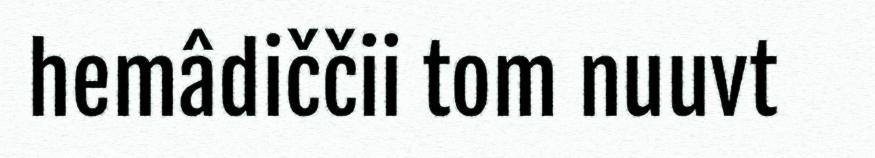
hemâdiččii tom nuuvt